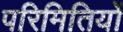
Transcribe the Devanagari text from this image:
परिमितियों